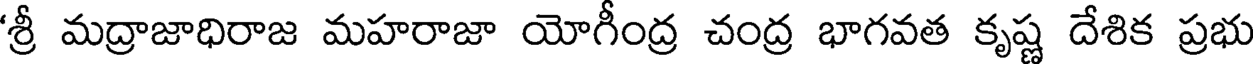
'శ్రీ మద్రాజాధిరాజ మహరాజా యోగీంద్ర చంద్ర భాగవత కృష్ణ దేశిక ప్రభు